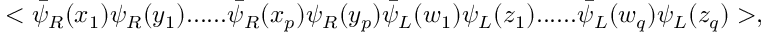
< \bar { \psi } _ { R } ( x _ { 1 } ) \psi _ { R } ( y _ { 1 } ) . . . . . . \bar { \psi } _ { R } ( x _ { p } ) \psi _ { R } ( y _ { p } ) \bar { \psi } _ { L } ( w _ { 1 } ) \psi _ { L } ( z _ { 1 } ) . . . . . . \bar { \psi } _ { L } ( w _ { q } ) \psi _ { L } ( z _ { q } ) > ,